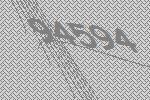
94594